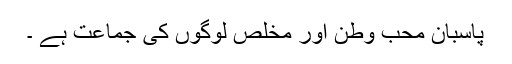
پاسبان محب وطن اور مخلص لوگوں کی جماعت ہے ۔